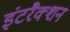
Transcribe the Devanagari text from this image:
इंटरैक्शन